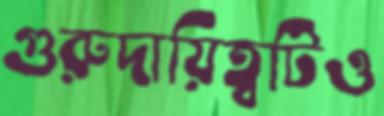
গুরুদায়িত্বটিও